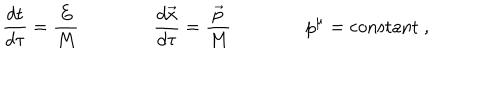
LaTeX: \frac { d t } { d \tau } = \frac { E } { M } \qquad \qquad \frac { d \vec { x } } { d \tau } = \frac { \vec { p } } { M } \qquad \qquad p ^ { \mu } = \mathrm { c o n s t a n t } \ ,